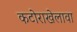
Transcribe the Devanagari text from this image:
कटोराखेलावा